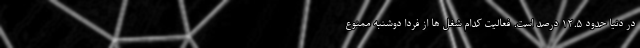
در دنیا حدود ۱۲.۵ درصد است. فعالیت کدام شغل ها از فردا دوشنبه ممنوع